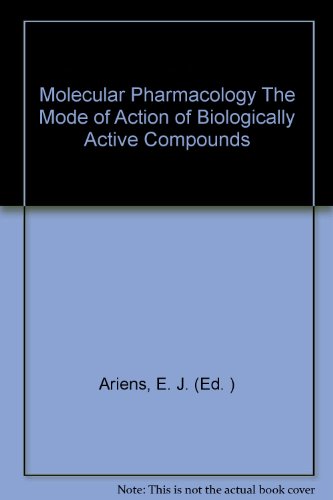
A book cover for Molecular Pharmacology The Mode of Action of Biologically Active Compounds; E. J. (Ed. ) Ariens; Medical Books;